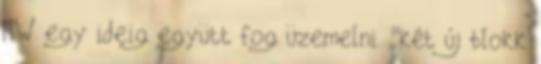
MW egy ideig együtt fog üzemelni. "két új blokk